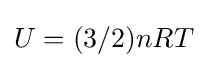
U=(3/2)nRT